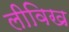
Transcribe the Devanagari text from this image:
लीविख